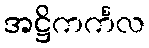
အဋ္ဌိကင်္ကလ